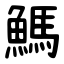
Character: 鰢